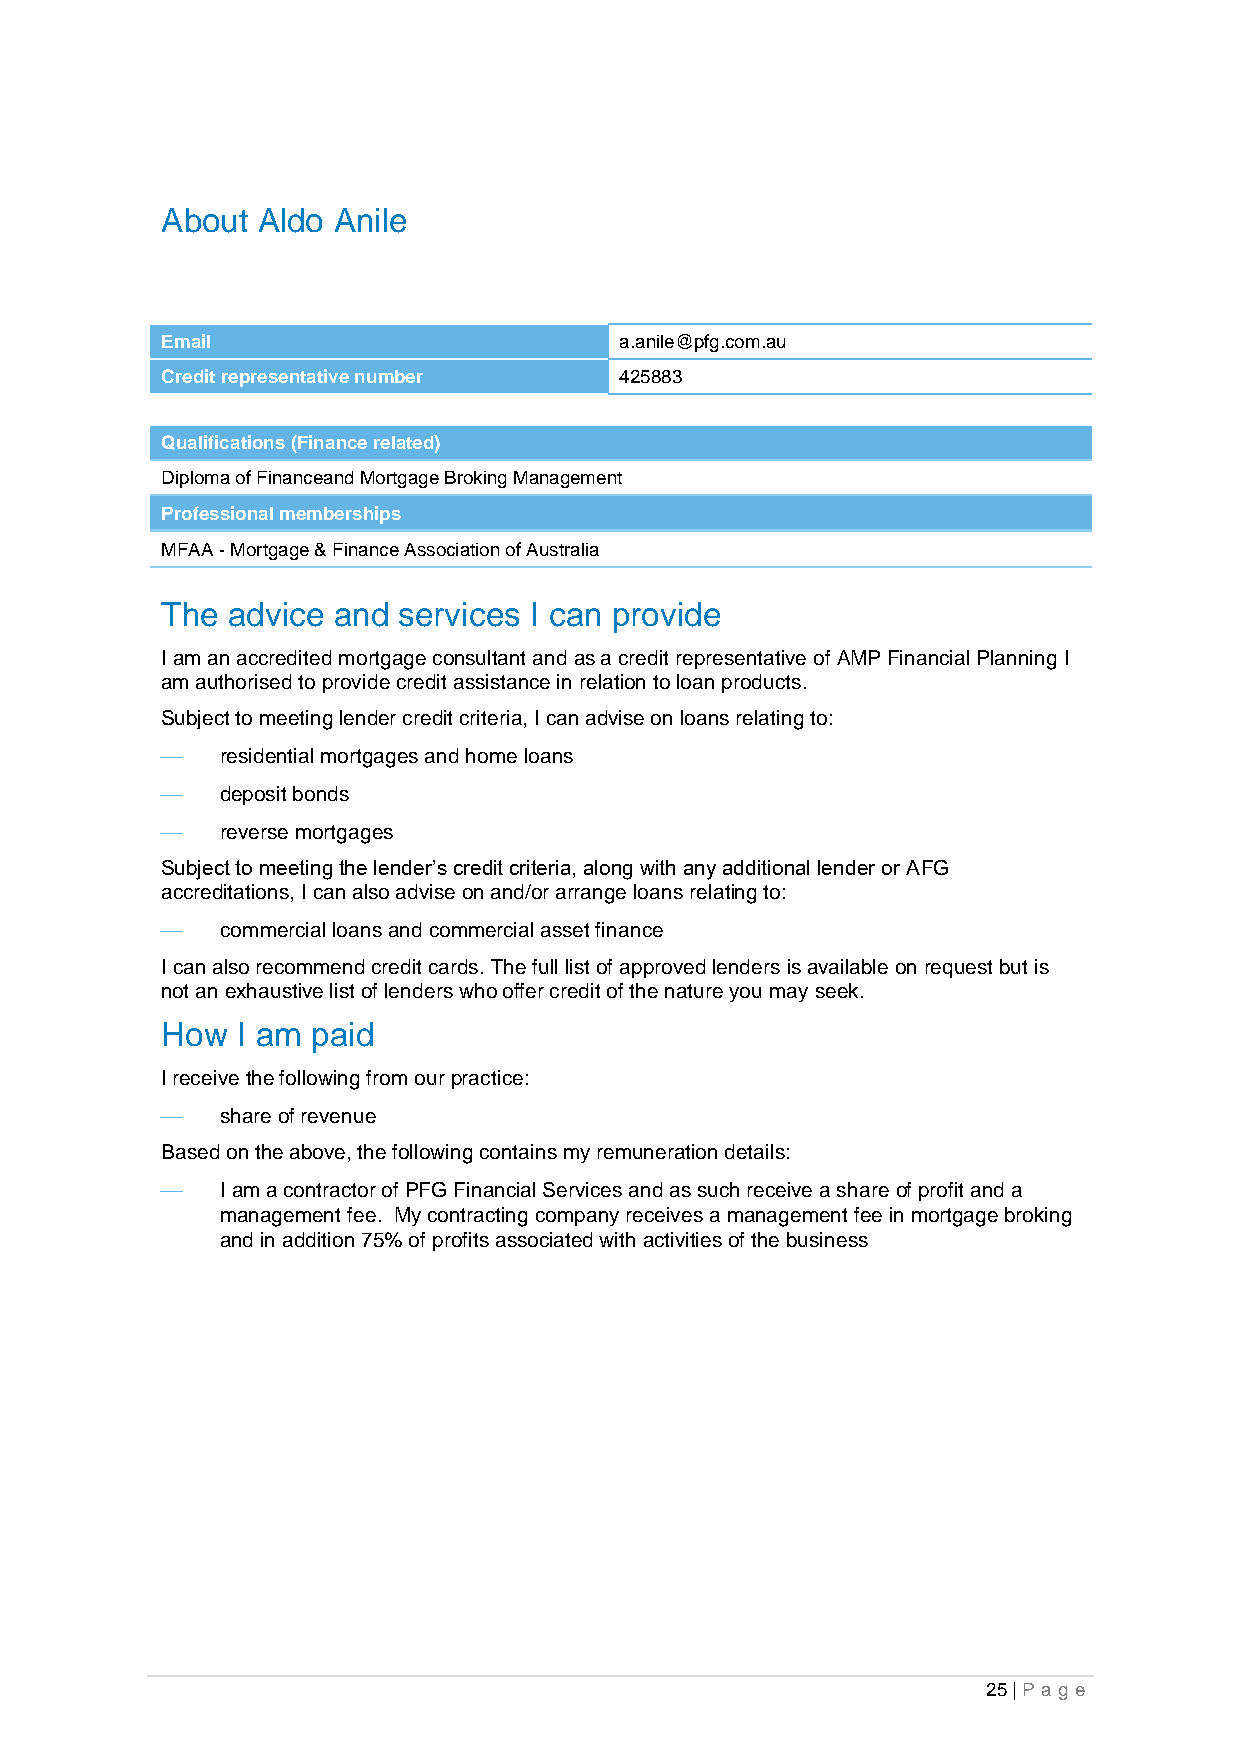
About Aldo Anile
 Email                         a.anile@pfg.com.au
 Credit representative number  425883
 Qualifications (Finance related)
 Diploma of Financeand Mortgage Broking Management
 Professional memberships
 MFAA - Mortgage & Finance Association of Australia
 The advice and services I can provide
 I am an accredited mortgage consultant and as a credit representative of AMP Financial Planning I
 am authorised to provide credit assistance in relation to loan products.
 Subject to meeting lender credit criteria, I can advise on loans relating to:
 ⎯   residential mortgages and home loans
 ⎯   deposit bonds
 ⎯   reverse mortgages
 Subject to meeting the lender’s credit criteria, along with any additional lender or AFG
 accreditations, I can also advise on and/or arrange loans relating to:
 ⎯   commercial loans and commercial asset finance
 I can also recommend credit cards. The full list of approved lenders is available on request but is
 not an exhaustive list of lenders who offer credit of the nature you may seek.
 How  I am paid
 I receive the following from our practice:
 ⎯   share of revenue
 Based on the above, the following contains my remuneration details:
 ⎯   I am a contractor of PFG Financial Services and as such receive a share of profit and a
 management fee. My contracting company receives a management fee in mortgage broking
 and in addition 75% of profits associated with activities of the business
 25 | Pa g e